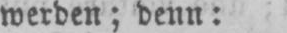
werden denn: